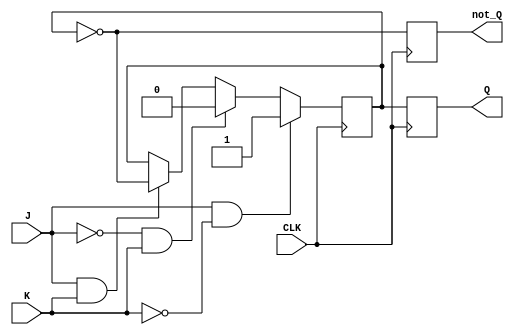
module JK_flip_flop (
    input J, K, CLK,
    output reg Q, not_Q
);

reg master_Q, master_not_Q;

// Master Block
always @ (posedge CLK)
begin
    if (J && !K)
        master_Q <= 1;
    else if (!J && K)
        master_Q <= 0;
    else if (J && K)
        master_Q <= ~master_Q;
end

// Slave Block
always @ (posedge CLK)
begin
    Q <= master_Q;
    not_Q <= ~master_Q;
end

endmodule